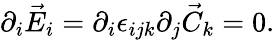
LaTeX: \partial_{i}\vec{E}_{i}=\partial_{i}\epsilon_{ijk}\partial_{j}\vec{C}_{k}=0.